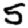
Digit: 5